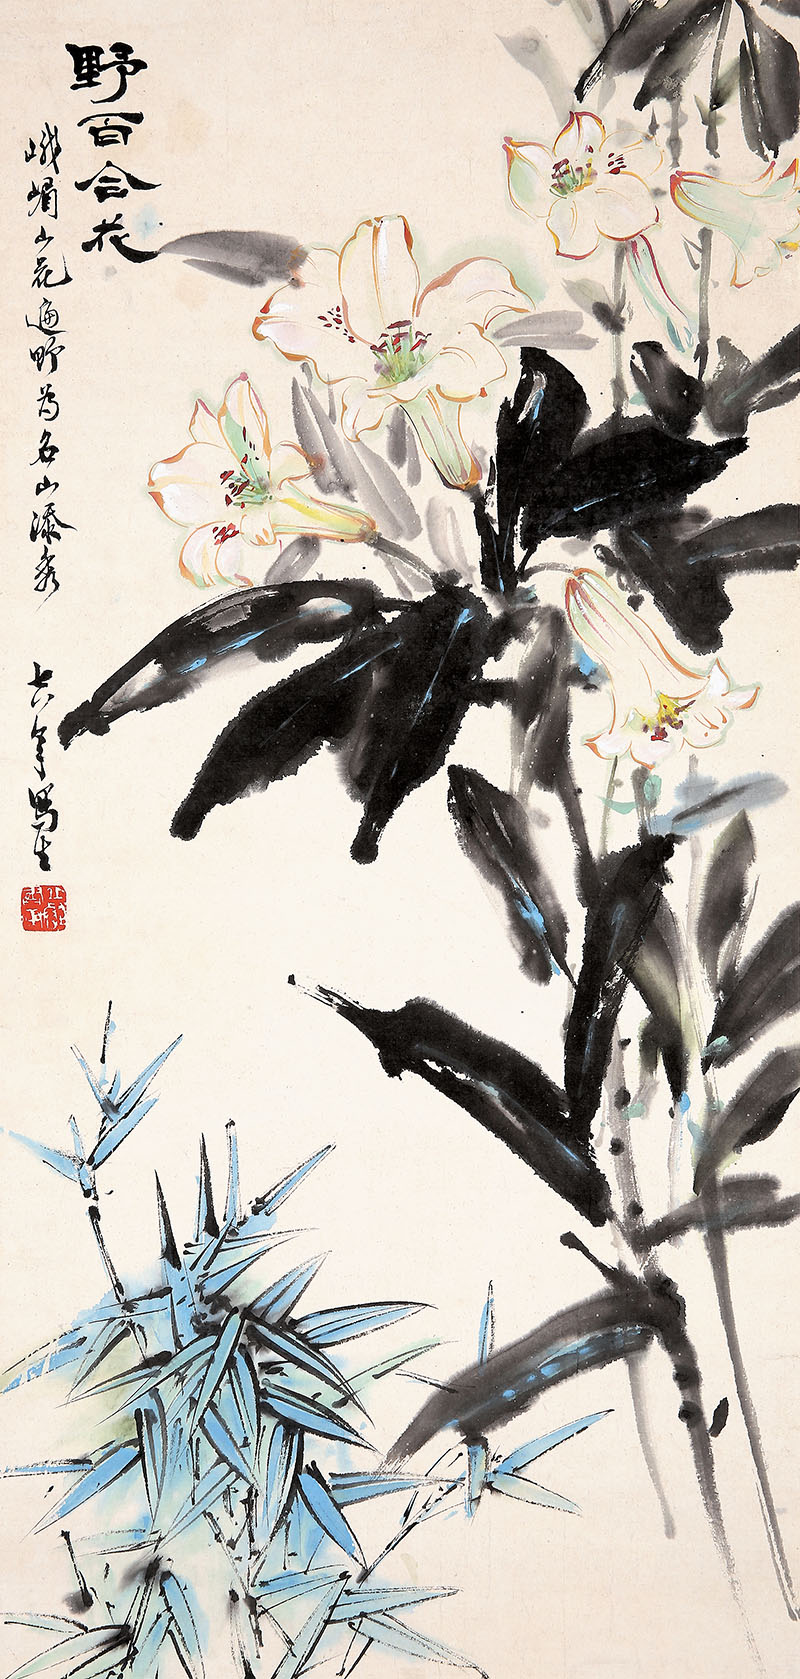
野竹交淇水，秋瓜蔓帝邱。